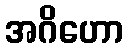
အဂိဟော